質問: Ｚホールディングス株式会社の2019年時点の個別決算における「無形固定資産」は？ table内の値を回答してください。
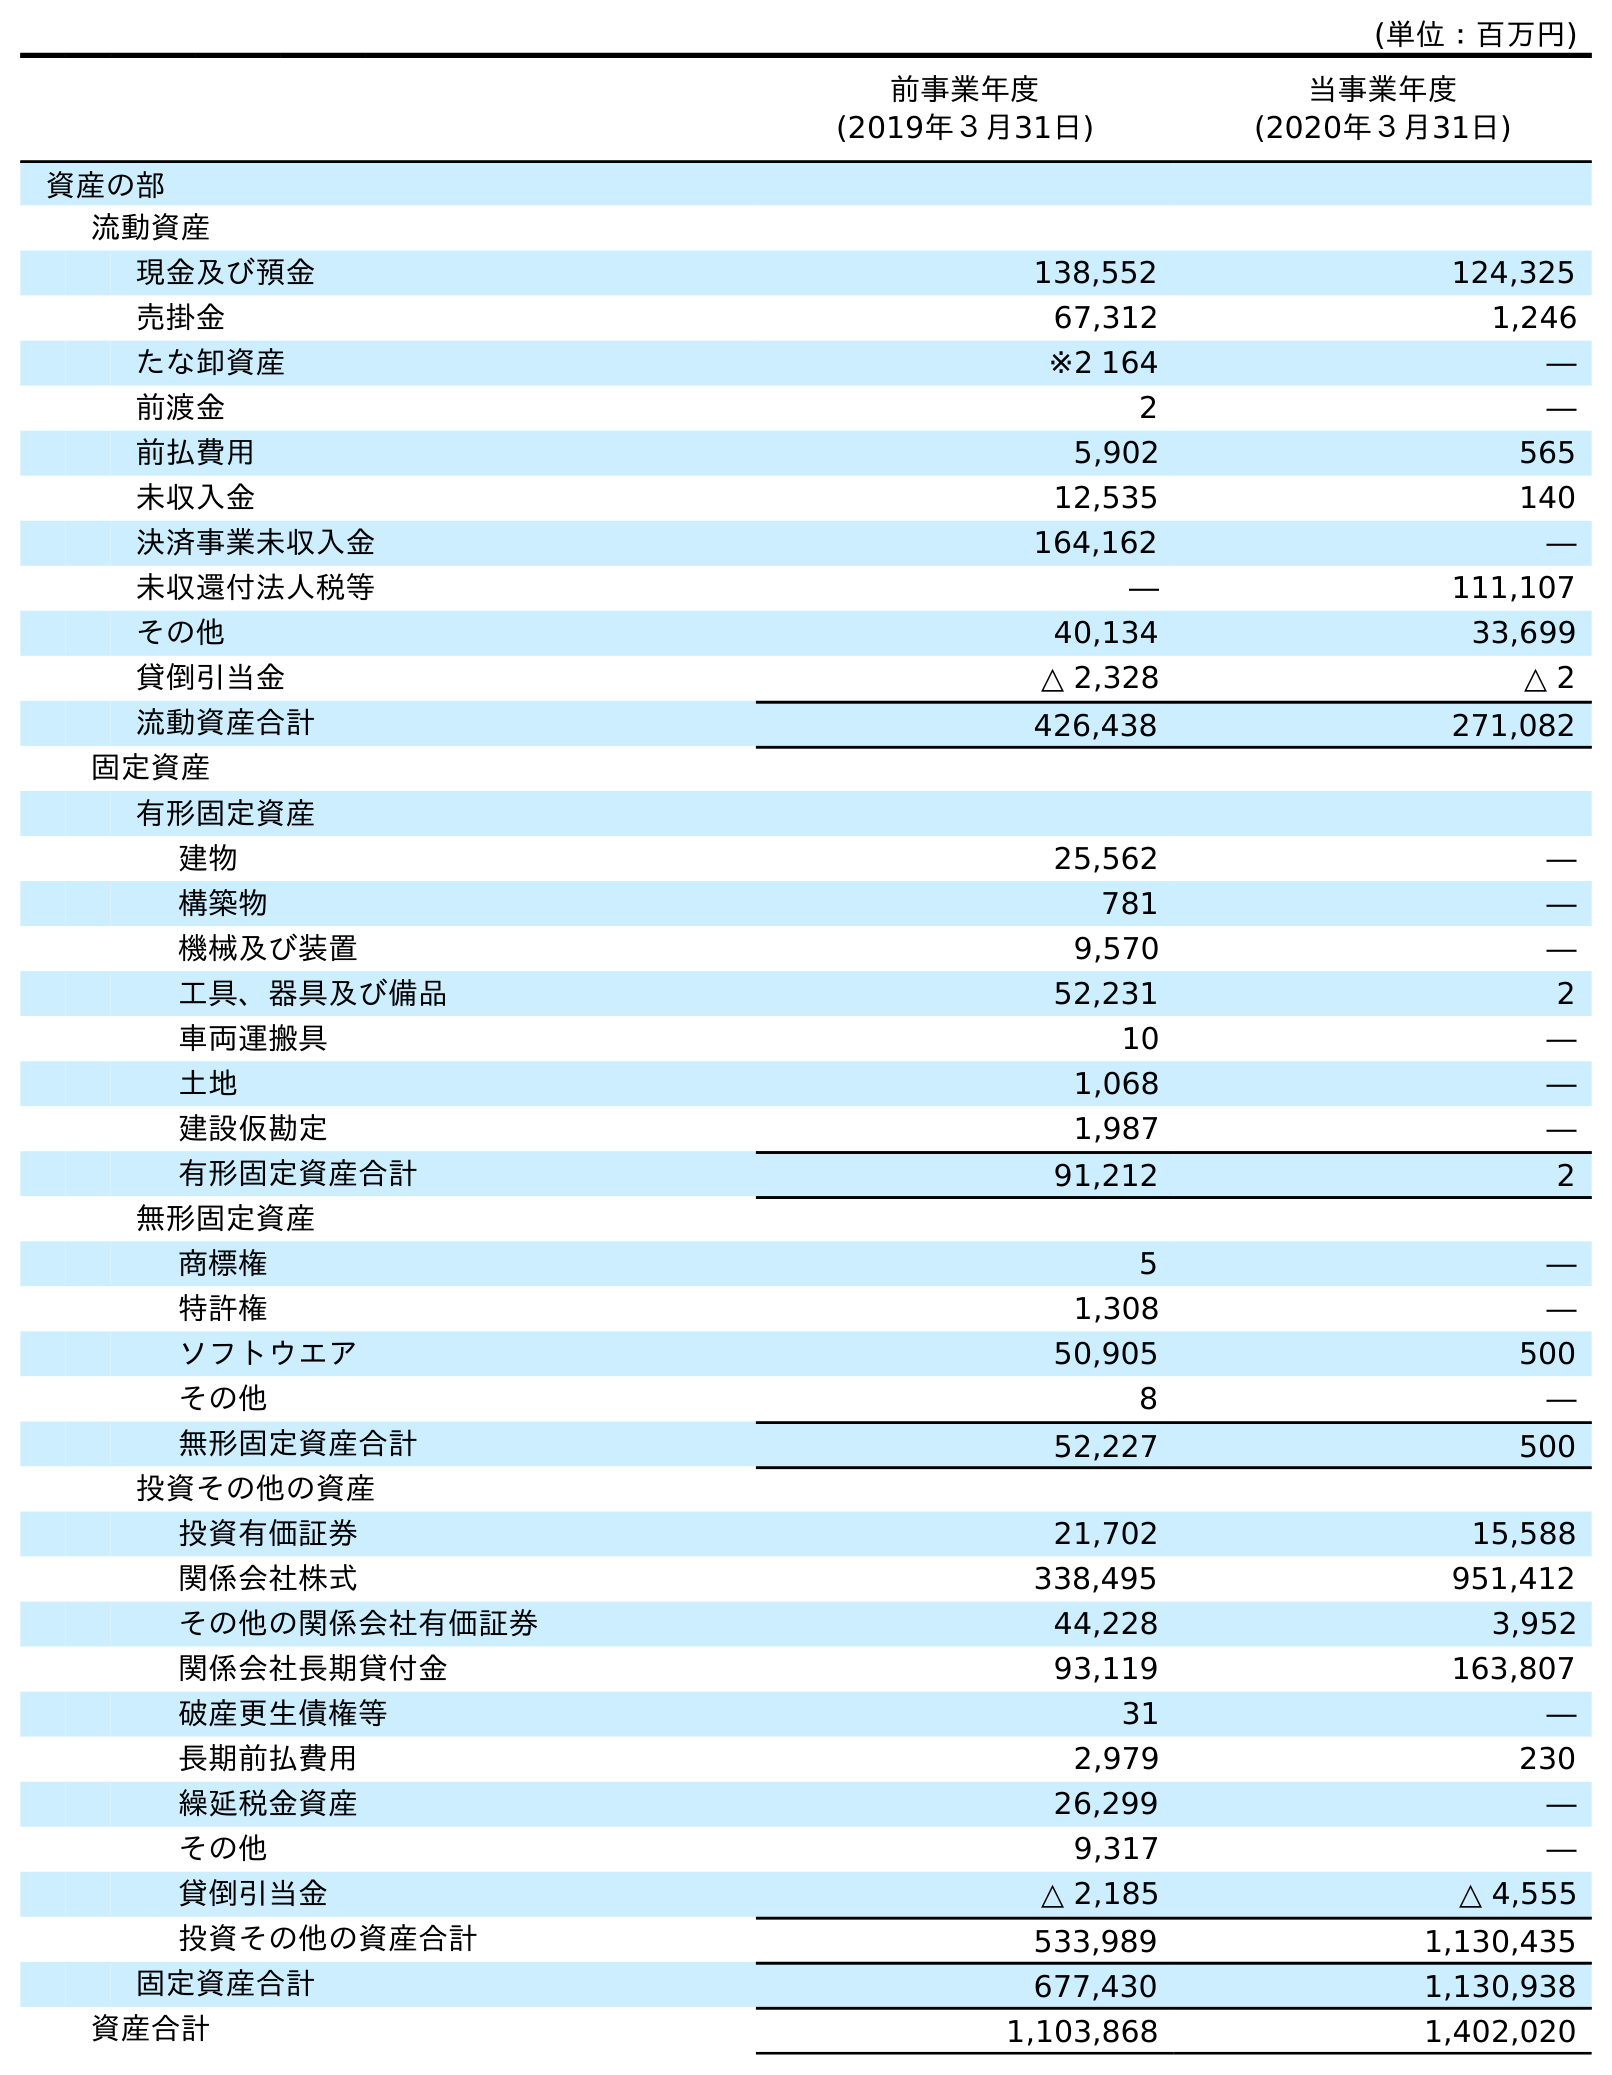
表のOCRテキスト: (単位：百万円) 前事業年度 (2019年３月31日) 当事業年度 (2020年３月31日) 資産の部 流動資産 現金及び預金 138,552 124,325 売掛金 67,312 1,246 たな卸資産 ※2 164 ― 前渡金 2 ― 前払費用 5,902 565 未収入金 12,535 140 決済事業未収入金 164,162 ― 未収還付法人税等 ― 111,107 その他 40,134 33,699 貸倒引当金 △ 2,328 △ 2 流動資産合計 426,438 271,082 固定資産 有形固定資産 建物 25,562 ― 構築物 781 ― 機械及び装置 9,570 ― 工具、器具及び備品 52,231 2 車両運搬具 10 ― 土地 1,068 ― 建設仮勘定 1,987 ― 有形固定資産合計 91,212 2 無形固定資産 商標権 5 ― 特許権 1,308 ― ソフトウエア 50,905 500 その他 8 ― 無形固定資産合計 52,227 500 投資その他の資産 投資有価証券 21,702 15,588 関係会社株式 338,495 951,412 その他の関係会社有価証券 44,228 3,952 関係会社長期貸付金 93,119 163,807 破産更生債権等 31 ― 長期前払費用 2,979 230 繰延税金資産 26,299 ― その他 9,317 ― 貸倒引当金 △ 2,185 △ 4,555 投資その他の資産合計 533,989 1,130,435 固定資産合計 677,430 1,130,938 資産合計 1,103,868 1,402,020
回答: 52,227